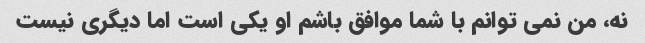
نه، من نمی توانم با شما موافق باشم او یکی است اما دیگری نیست